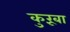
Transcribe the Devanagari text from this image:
कुरूंबा